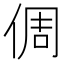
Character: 倜